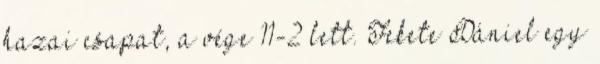
hazai csapat, a vége 11-2 lett. Fekete Dániel egy